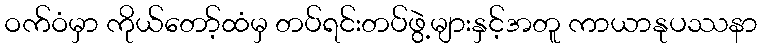
ဝက်ဝံမှာ ကိုယ်တော့်ထံမှ တပ်ရင်းတပ်ဖွဲ့များနှင့်အတူ ကာယာနုပဿနာ